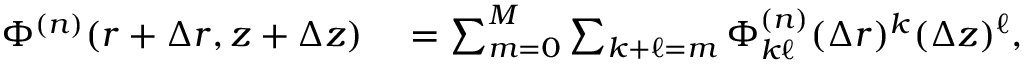
\begin{array} { r l } { \Phi ^ { ( n ) } ( r + \Delta r , z + \Delta z ) } & { { } = \sum _ { m = 0 } ^ { M } \sum _ { k + \ell = m } \Phi _ { k \ell } ^ { ( n ) } ( \Delta r ) ^ { k } ( \Delta z ) ^ { \ell } , } \end{array}